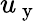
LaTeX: u_{\mathrm{~y~}}